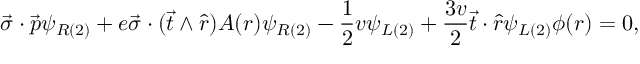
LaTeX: \vec { \sigma } \cdot \vec { p } \psi _ { R ( 2 ) } + e \vec { \sigma } \cdot ( \vec { t } \wedge \hat { r } ) A ( r ) \psi _ { R ( 2 ) } - \frac { 1 } { 2 } v \psi _ { L ( 2 ) } + \frac { 3 v } { 2 } \vec { t } \cdot \hat { r } \psi _ { L ( 2 ) } \phi ( r ) = 0 ,